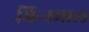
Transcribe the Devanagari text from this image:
भिन्‍नमाल